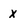
Character: x